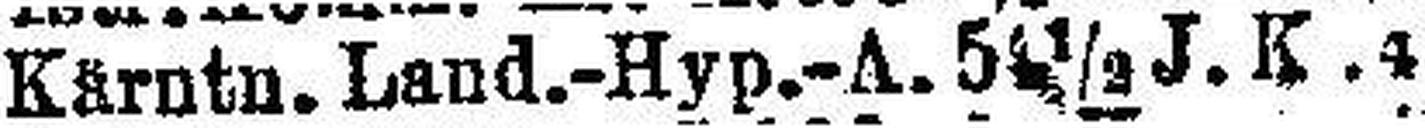
Kärntn. Land.-Hyp.-A. 51½ J. K. 4